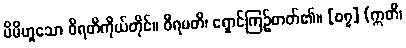
မိမိဟူသော ဝိရတိကိုယ်တိုင်။ ဝိရမတိ၊ ရှောင်ကြဉ်တတ်၏။ [၀၇] (ဣတိ၊